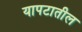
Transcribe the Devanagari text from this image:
यापटातील